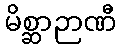
မိစ္ဆာဉာဏီ